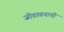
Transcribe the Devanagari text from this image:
जोडावयाची